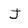
Character: J